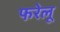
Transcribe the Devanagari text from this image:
फरेलू